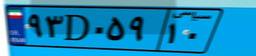
۹۳D۰۵۹۱۰